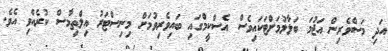
އަދި މަސްވެރިން އަޖުމަ ބަލާލުމަށްޓަކައިވެސް އެސްކީމްގައި ބައިވެރިވުމަށް މިނިސްޓަރު އިލްތިމާސް ކުރެއްވި އެވެ.